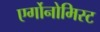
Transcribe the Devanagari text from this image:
एर्गोनोमिस्ट